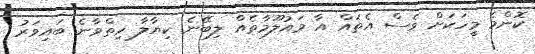
ކޮންމެ މީހަކަށް ވެސް އެތައް އާ މައުލޫމާތެއް ލިބޭނެ ކިޔާލާ ހިތްވާނެ ބައިވަރު